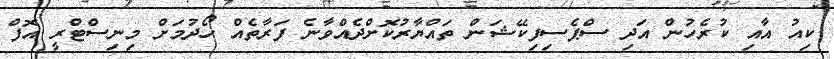
ކިއު އާއި ކުރެހުން އަދި ސްޕެސިފިކޭޝަން ތައްޔާރުކޮށްދެއްވާނެ ފަރާތެއް ހޯދުމަށް މިނިސްޓްރީ އޮފް